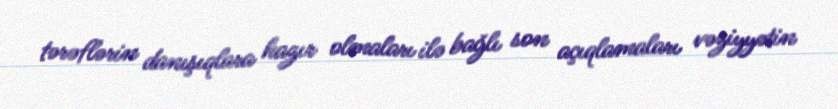
tərəflərin danışıqlara hazır olmaları ilə bağlı son açıqlamaları vəziyyətin